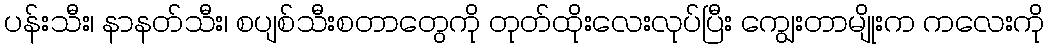
ပန်းသီး၊ နာနတ်သီး၊ စပျစ်သီးစတာတွေကို တုတ်ထိုးလေးလုပ်ပြီး ကျွေးတာမျိုးက ကလေးကို